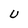
Character: U